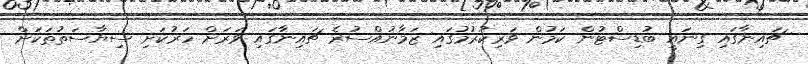
ޗައިނާގައި ގިނައީ ބުޑިސްޓުން ކަމުން ވަރިކުރުމުގައި ޒަމާނުއްސުރެ ޗައިނާގައި ވަރަށް ހަރުކަށި ސިޔާސަތުތަކަށް